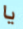
يا